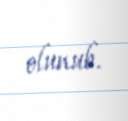
olunub.